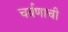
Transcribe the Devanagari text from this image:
चर्वणाची